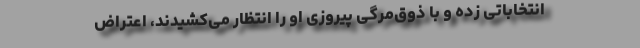
انتخاباتی زده و با ذوق‌مرگی پیروزی او را انتظار می‌کشیدند، اعتراض